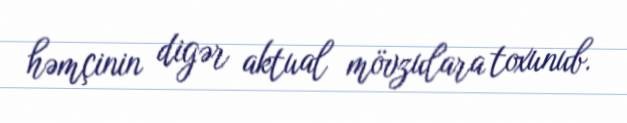
həmçinin digər aktual mövzulara toxunub.